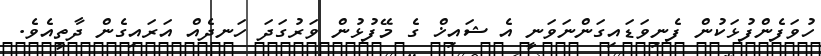
ހުވަފެންފުޅަކުން ފެނިވަޑައިގަންނަވަނީ އެ ޝައިޚް ގެ މޭފުޅުން ވަރުގަދަ ހަނދެއް އަރައިގެން ދާތީއެވެ.